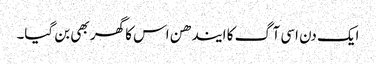
ایک دن اسی آگ کا ایندھن اس کا گھر بھی بن گیا۔